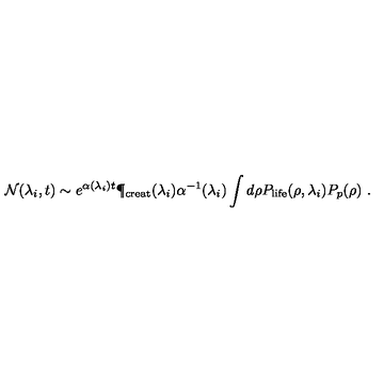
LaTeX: { \cal N } ( \lambda _ { i } , t ) \sim e ^ { \alpha ( \lambda _ { i } ) t } \P _ { \mathrm { c r e a t } } ( \lambda _ { i } ) \alpha ^ { - 1 } ( \lambda _ { i } ) \int d \rho P _ { \mathrm { l i f e } } ( \rho , \lambda _ { i } ) P _ { p } ( \rho ) \ .